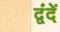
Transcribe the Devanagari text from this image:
द्वंदें